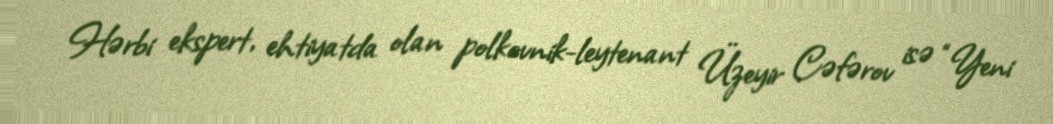
Hərbi ekspert, ehtiyatda olan polkovnik-leytenant Üzeyir Cəfərov isə “Yeni